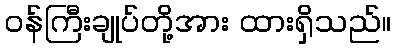
ဝန်ကြီးချုပ်တို့အား ထားရှိသည်။